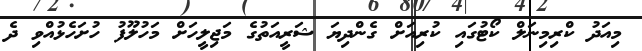
މިއަދު ކްރިމިނަލް ކޯޓުގައި ކުރިއަށް ގެންދިޔަ ޝަރީއަތުގެ މަޖިލީހަށް މަހުލޫފު ހުށަހެޅުއްވި ދެ